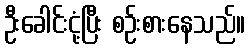
ဦးခေါင်းငုံ့ပြီး စဉ်းစားနေသည်။